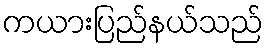
ကယားပြည်နယ်သည်